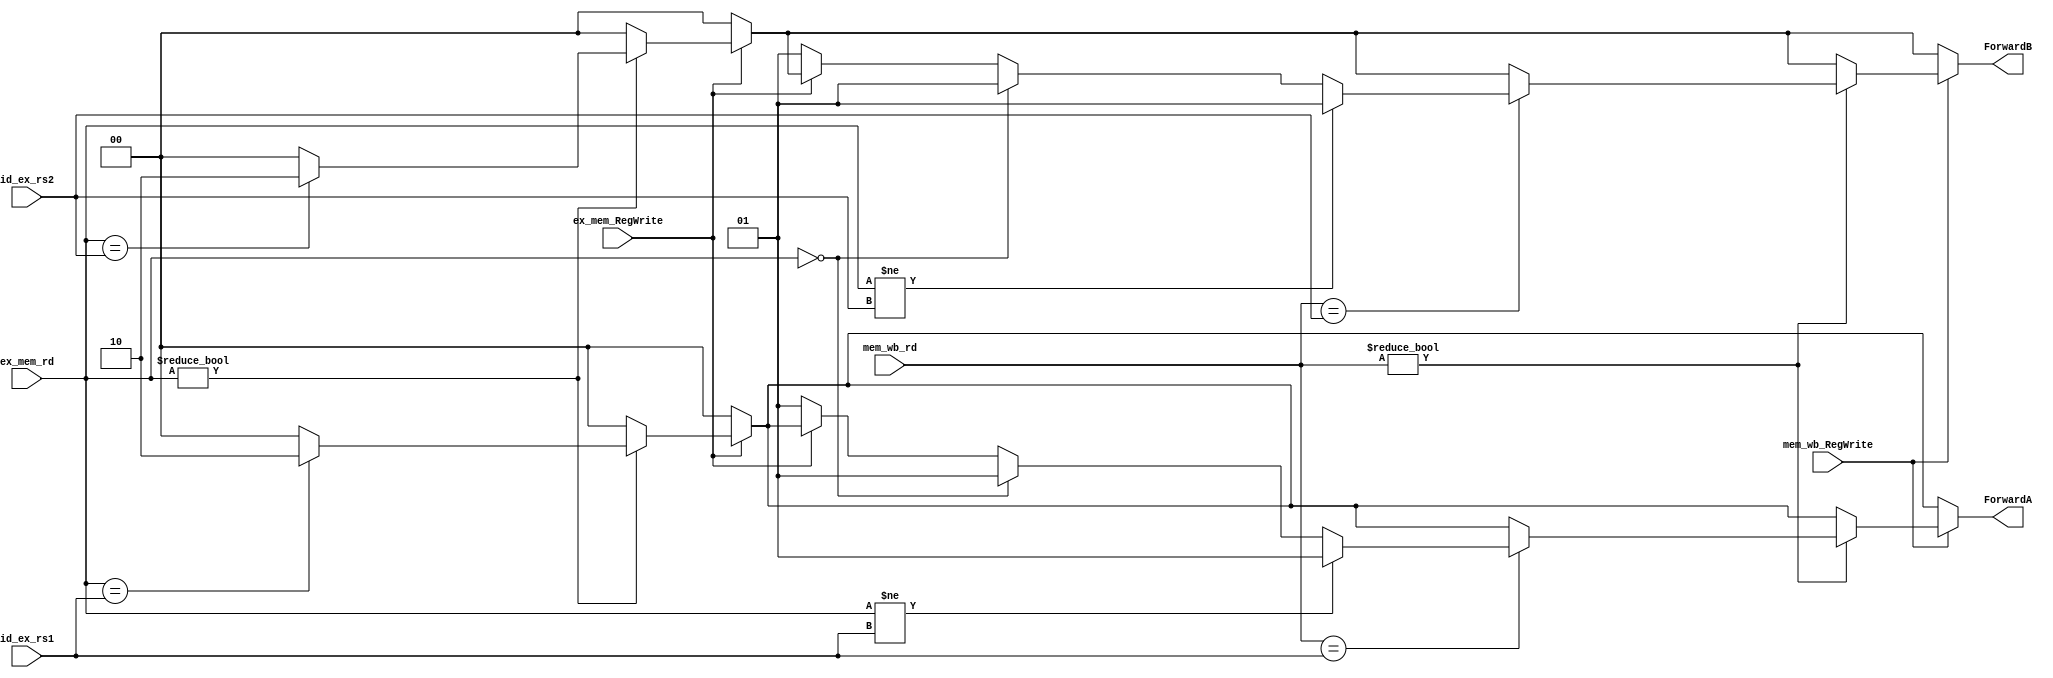
module forwarding_unit 
(
	input [4:0] id_ex_rs1,
	input [4:0] id_ex_rs2,
	input ex_mem_RegWrite, 
	input [4:0] ex_mem_rd,
	input mem_wb_RegWrite,
	input [4:0] mem_wb_rd,
	output reg [1:0] ForwardA,
	output reg [1:0] ForwardB
);
	
	initial 
	begin
		ForwardA <= 2'b00;
		ForwardB <= 2'b00;
	end
	
	always @ (*)
	begin
		ForwardA <= 2'b00;
		ForwardB <= 2'b00;
		
		if(ex_mem_RegWrite == 1'b1) begin
			if(ex_mem_rd != 5'b0) begin
				if(ex_mem_rd == id_ex_rs1) begin
					ForwardA <= 2'b10;
				end
			end
		end

		if(mem_wb_RegWrite == 1'b1) 
		begin
			if(mem_wb_rd != 5'b0) 
			begin
				if(mem_wb_rd == id_ex_rs1) 
				begin
					if(ex_mem_RegWrite != 1'b1)
						ForwardA <= 2'b01;
					if(ex_mem_rd == 5'b0)
						ForwardA <= 2'b01;
					if(ex_mem_rd != id_ex_rs1)
						ForwardA <= 2'b01;					
				end
			end
		end

		if(ex_mem_RegWrite == 1'b1) begin
			if(ex_mem_rd != 5'b0) begin
				if(ex_mem_rd == id_ex_rs2) begin
					ForwardB <= 2'b10;
				end
			end
		end

		if(mem_wb_RegWrite == 1'b1) begin
			if(mem_wb_rd != 5'b0) begin
				if(mem_wb_rd == id_ex_rs2) begin
					if(ex_mem_RegWrite != 1'b1)
						ForwardB <= 2'b01;
					if(ex_mem_rd == 5'b0)
						ForwardB <= 2'b01;
					if(ex_mem_rd != id_ex_rs2)
						ForwardB <= 2'b01;					
				end
			end
		end
	end


endmodule